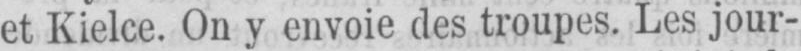
et Kielce. On y envoie des troupes. Les jour-